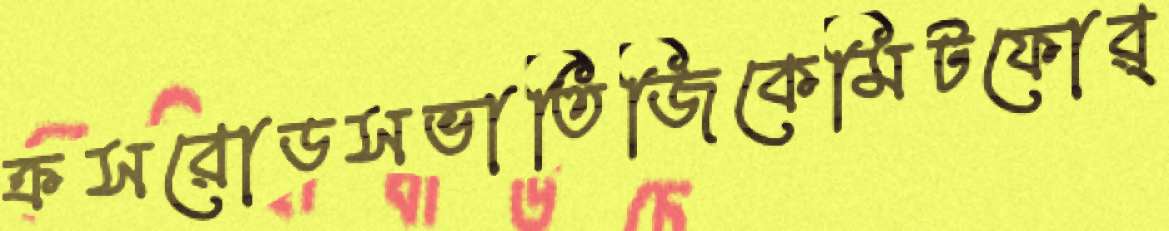
ক্রসরোডসভাতিজিকেমিটফোর্